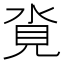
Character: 𪶂